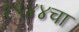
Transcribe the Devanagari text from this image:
१९४४चा